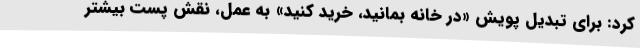
کرد: برای تبدیل پویش «در خانه بمانید، خرید کنید» به عمل، نقش پست بیشتر